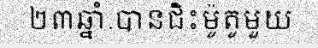
២៣ឆ្នាំ.បានជិះម៉ូតូមួយ